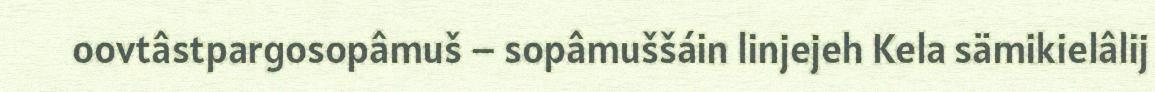
oovtâstpargosopâmuš – sopâmuššáin linjejeh Kela sämikielâlij